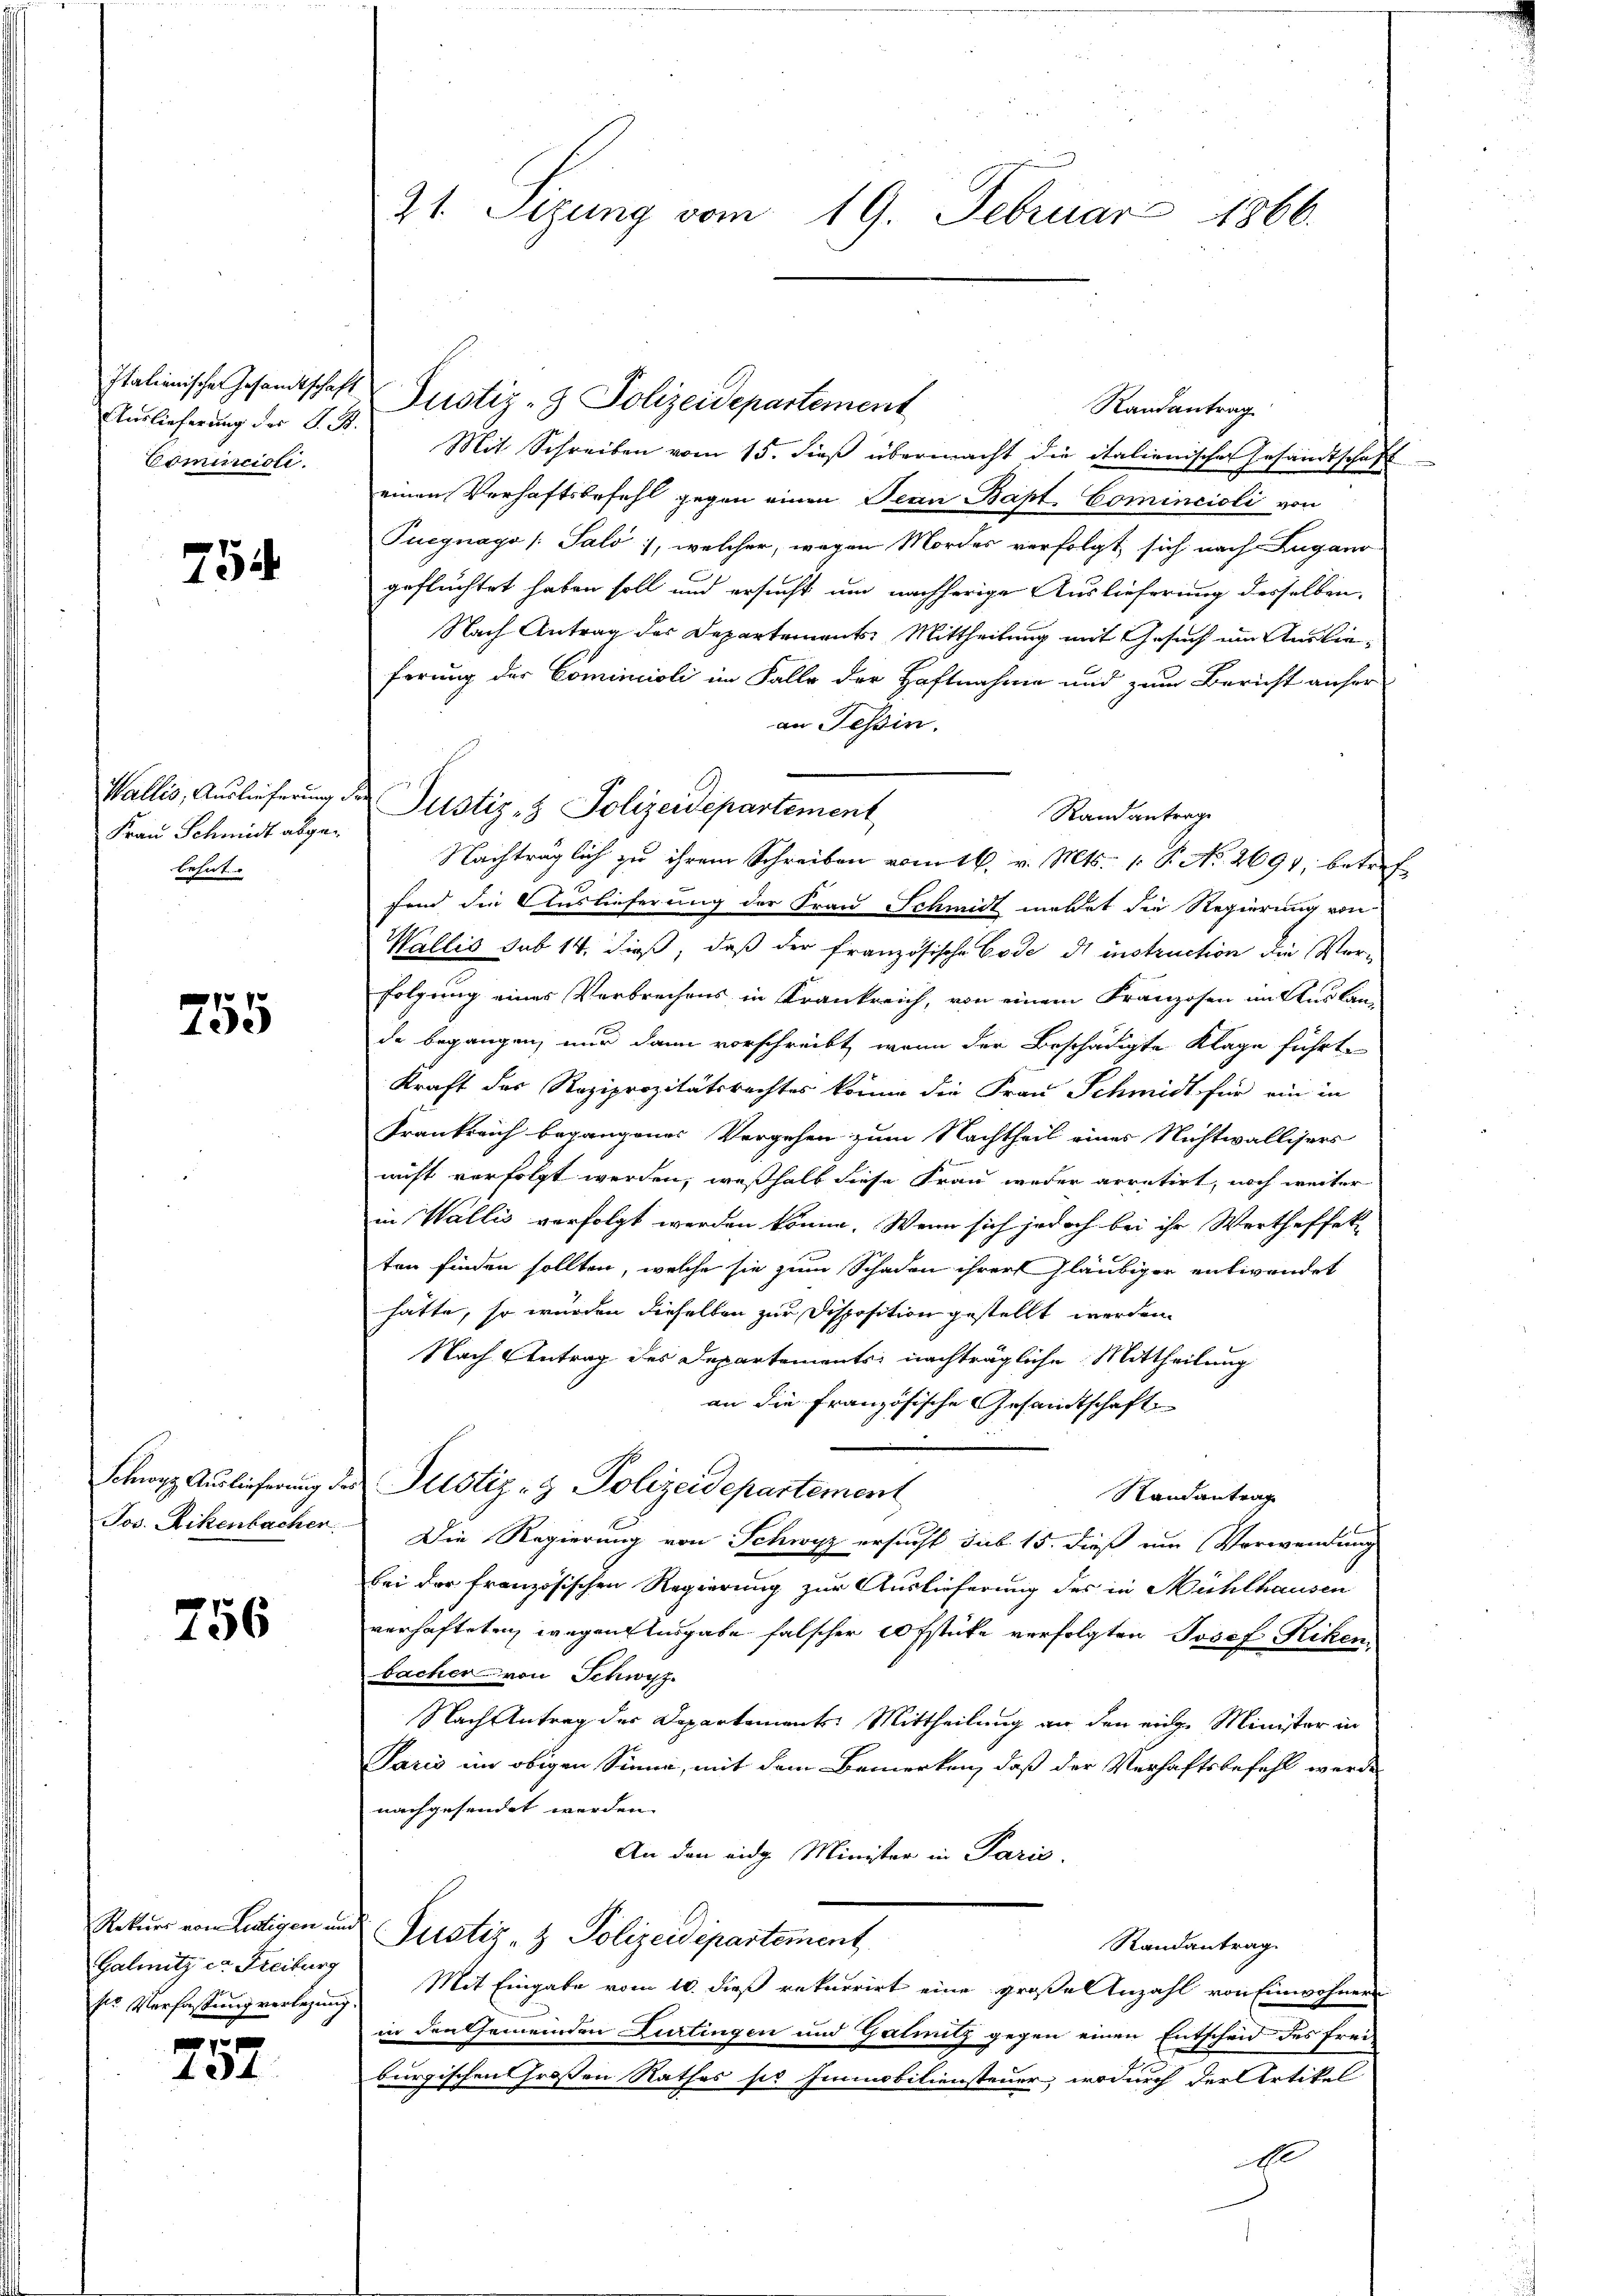
Italienischen Gesandtschaft
Auslieferung des P. R.
Comicili

754

Wallis, Auslieferung de
Frau Schmidt abgebehut.

755

Schwyz Auslieferung des
Jos. Rikenbacher

756

Rekurs von Leutigen und
Galmitz ca Freiburg
Nr. Verfassung verlegung.
0f

44

21. Seizung vom 19. Februar 1866.

Randantrag
Mit Schreiben vom 15. dieß übermacht die italienischer Gesandtschaft
einen Verhaftsbefehl gegen einen Jean Bapt. Comincioli von
Puegnago (Salo, welcher, wegen Mordes verfolgt sich nach Lugano
geflüchtet haben soll und ersucht um nachherige Auslieferung desselben,
Nach Antrag der Departements Mittheilung mit Gesuch im Auslieferung der Cominciali im Falle der Haftnahme und zum Bericht anher
an Tessin.
Justiz- & Polizeidepartement
Rand antrage
Nachträglich zu ihrem Schreiben vom 16. v. Mts. 1. P. No. 2691, betref
fend die Auslieferung der Frau Schmidt meldet die Regierung von
Wallis sub 14. dieß, daß der französische Code di instruction die Vorfolgung eines Verbrechens in Krankreich, von einem Franzosen im Auslan-
de begangen, nur dann vorschreibt, wenn der Beschädigte Klage führt,
Kraft des Reziprozitätsrechtes könne die Frau Schmidt für ein in
Frankreich begangenes Vergehen zum Nachtheil eines Nichtwallisers
nicht verfolgt werden, weßhalb diese Frau weder arretirt, noch weiter
in Wallis verfolgt werden könne. Wenn sich jedoch bei ihr Wertheffekten finden sollten, welche sie zum Schaden ihrer Gläubiger entwendet
hätte, so würden dieselben zur Disposition gestellt werden.
Nach Antrag des Departements nachträgliche Mittheilung
an die Französische Gesandtschaft
Justiz- & Polizeidepartement
Randantrag
Die Regierung von Schwyz ersucht sub 15. dieß ein Verwendung
bei der französischen Regierung zur Auslieferung des in Mühlhausen
verhafteten wegen Ausgabe falscher 20 fstücke verfolgten Josef Riken,
bacher von Schwyz.
Nach Antrag der Departementes Mittheilung an den einge Minister in
Paris im obigen Sinne, mit dem Bemerken, daß der Verhaftsbefehl werde
nachgesendet werden.
An den eidg. Minister in Paris.
Justiz- & Polizeidepartement
Randantrag
Mit Eingabe vom 10. dieß rekurrirt eine große Anzahl von Einwohner
in den Gemeinden Lurtingen und Galmitz gegen einen Entscheid des Frei
burgischen Großen Rathes sie Immobiliensteuer, wodurch der Artikel
A

Justiz- & Polizeidepartement